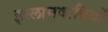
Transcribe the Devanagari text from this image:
इस्लामवादियों